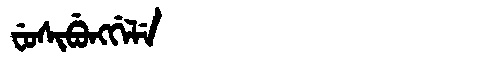
Manchu: ᠸᡠᠰᡳᠪᡠᠩᡤᡝᠯᡝ
Romanization: FUSIBUNGGELE